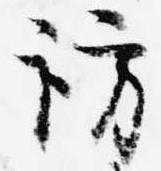
訪